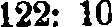
122: 10